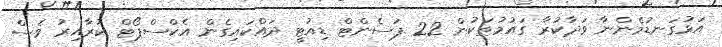
އަޅުގަނޑުމެންނާ ވަދާކުރާ ގައުމުތަކުން 22 ޕަސެންޓް ޑިއުޓީ ދައްކައިގެން އެކްސްޕޯޓް ކުރާއިރު ވެސް